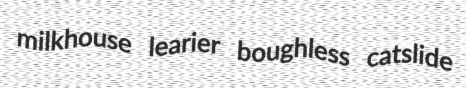
milkhouse learier boughless catslide